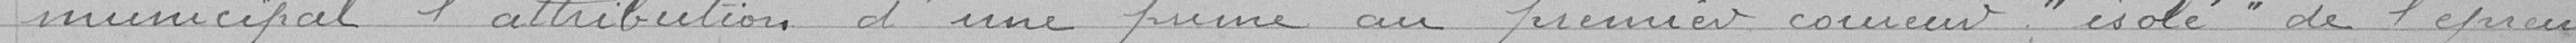
municipal l'attribution d'une prime au premier coureur , " isolé" de l'épreuve